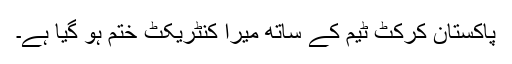
پاکستان کرکٹ ٹیم کے ساتھ میرا کنٹریکٹ ختم ہو گیا ہے۔